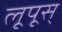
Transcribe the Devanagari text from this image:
लूपूस्